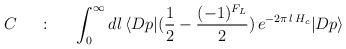
LaTeX: \begin{align*}C~~~~:~~~~ \int_0^{\infty}dl\, \langle Dp|({1\over 2} - {(-1)^{F_L}\over 2})\,e^{-2\pi\, l\, H_c} |Dp \rangle\end{align*}